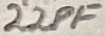
Text: 22PF